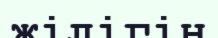
жілігін